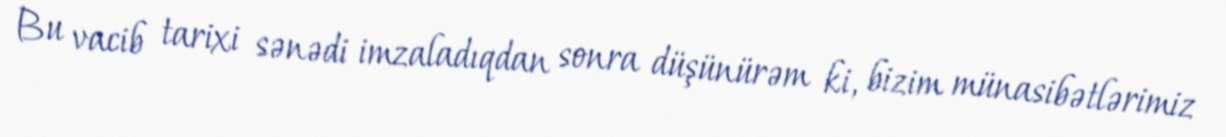
Bu vacib tarixi sənədi imzaladıqdan sonra düşünürəm ki, bizim münasibətlərimiz